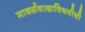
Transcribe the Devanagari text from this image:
मार्क्सवादाविषयीची